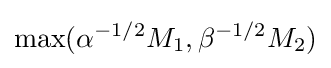
\max(\alpha ^{-1/2}M_{1},\beta ^{-1/2}M_{2})